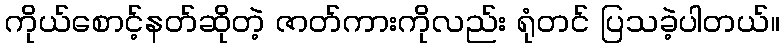
ကိုယ်စောင့်နတ်ဆိုတဲ့ ဇာတ်ကားကိုလည်း ရုံတင် ပြသခဲ့ပါတယ်။